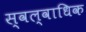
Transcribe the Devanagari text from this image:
स्वल्वाधिक